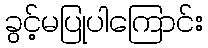
ခွင့်မပြုပါကြောင်း